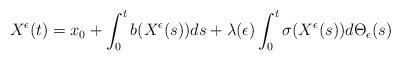
LaTeX: \begin{align*}\begin{aligned}X^{\epsilon}(t)&=x_{0}+\int^{t}_{0}b(X^{\epsilon}(s))ds+\lambda(\epsilon)\int^{t}_{0}\sigma(X^{\epsilon}(s))d\Theta_{\epsilon}(s)\end{aligned}\end{align*}